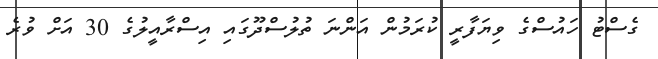
ގެސްޓު ހައުސްގެ ވިޔަފާރީ ކުރަމުން އަންނަ ތުލުސްދޫގައި އިސްރާއީލުގެ 30 އަށް ވުރެ